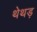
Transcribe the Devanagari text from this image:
थेथड़